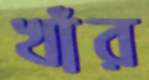
খাঁর